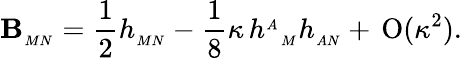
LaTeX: \mathbf{B}_{{}_{MN}}=\frac{{1}}{{2}}h_{{}_{MN}}-\frac{{1}}{{8}}\kappa\, {h^{{}_{A}}}_{{}_{M}}h_{{}_{AN}}+\, \mathrm{{O}}(\kappa^{2}).